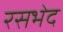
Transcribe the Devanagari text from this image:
रसभेद